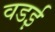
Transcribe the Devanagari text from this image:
वडई